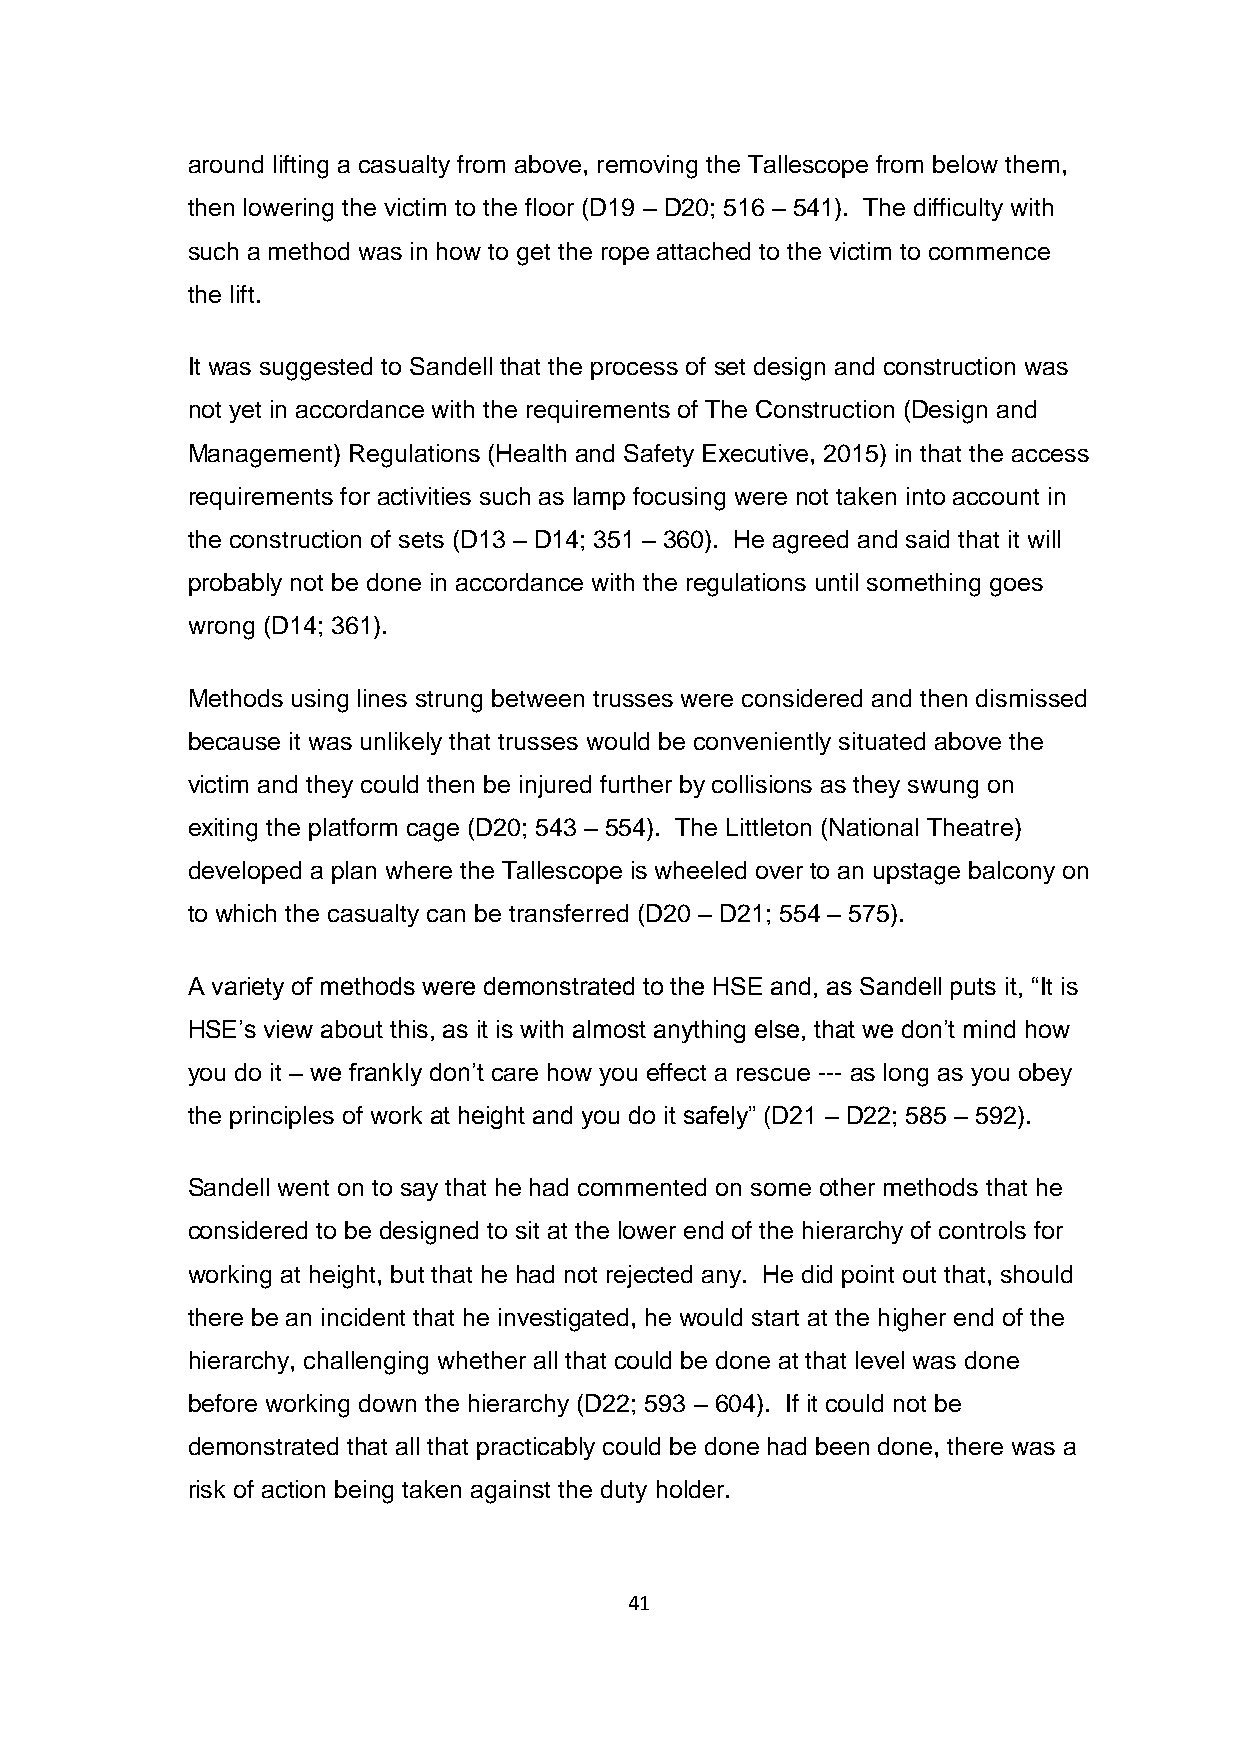
around lifting a casualty from above, removing the Tallescope from below them,
 then lowering the victim to the floor (D19 – D20; 516 – 541). The difficulty with
 such a method was in how to get the rope attached to the victim to commence
 the lift.
 It was suggested to Sandell that the process of set design and construction was
 not yet in accordance with the requirements of The Construction (Design and
 Management) Regulations (Health and Safety Executive, 2015) in that the access
 requirements for activities such as lamp focusing were not taken into account in
 the construction of sets (D13 – D14; 351 – 360). He agreed and said that it will
 probably not be done in accordance with the regulations until something goes
 wrong (D14; 361).
 Methods using lines strung between trusses were considered and then dismissed
 because it was unlikely that trusses would be conveniently situated above the
 victim and they could then be injured further by collisions as they swung on
 exiting the platform cage (D20; 543 – 554). The Littleton (National Theatre)
 developed a plan where the Tallescope is wheeled over to an upstage balcony on
 to which the casualty can be transferred (D20 – D21; 554 – 575).
 A variety of methods were demonstrated to the HSE and, as Sandell puts it, “It is
 HSE’s view about this, as it is with almost anything else, that we don’t mind how
 you do it – we frankly don’t care how you effect a rescue --- as long as you obey
 the principles of work at height and you do it safely” (D21 – D22; 585 – 592).
 Sandell went on to say that he had commented on some other methods that he
 considered to be designed to sit at the lower end of the hierarchy of controls for
 working at height, but that he had not rejected any. He did point out that, should
 there be an incident that he investigated, he would start at the higher end of the
 hierarchy, challenging whether all that could be done at that level was done
 before working down the hierarchy (D22; 593 – 604). If it could not be
 demonstrated that all that practicably could be done had been done, there was a
 risk of action being taken against the duty holder.
 41